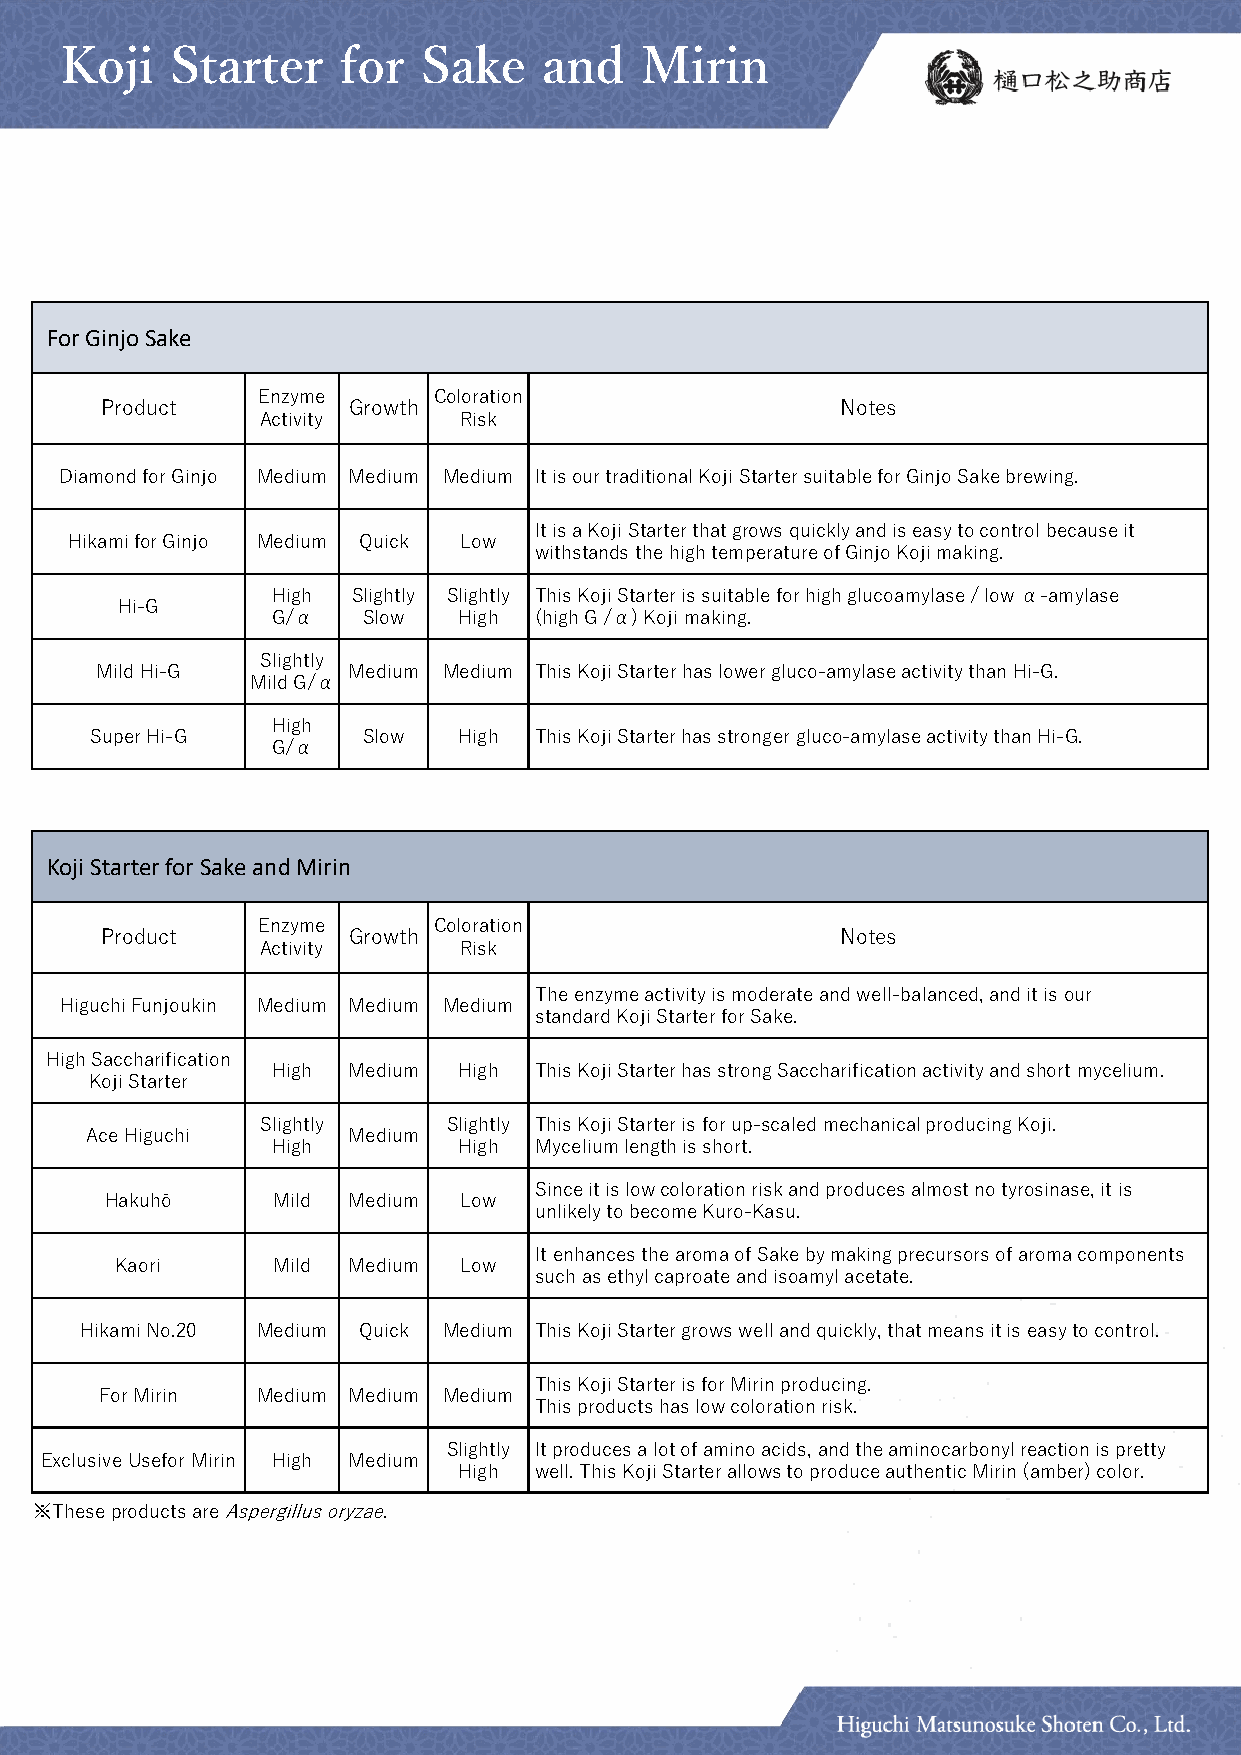
Koji   Starter    for   Sake    and   Mirin
 For Ginjo Sake
 Enzyme      Coloration
 Product         Growth                           Notes
 Activity     Risk
 Diamond for Ginjo Medium Medium Medium It is our traditional Koji Starter suitable for Ginjo Sake brewing.
 It is a Koji Starter that grows quickly and is easy to control because it
 Hikami for Ginjo Medium Quick Low
 withstands the high temperature of Ginjo Koji making.
 High Slightly Slightly This Koji Starter is suitable for high glucoamylase / low α-amylase
 Hi-G
 G/α   Slow  High (high G /α) Koji making.
 Slightly
 Mild Hi-G        Medium Medium This Koji Starter has lower gluco-amylase activity than Hi-G.
 Mild G/α
 High
 Super Hi-G        Slow  High This Koji Starter has stronger gluco-amylase activity than Hi-G.
 G/α
 Koji Starter for Sake and Mirin
 Enzyme      Coloration
 Product         Growth                           Notes
 Activity     Risk
 The enzyme activity is moderate and well-balanced, and it is our
 Higuchi Funjoukin Medium Medium Medium
 standard Koji Starter for Sake.
 High Saccharification
 High Medium High This Koji Starter has strong Saccharification activity and short mycelium.
 Koji Starter
 Slightly     Slightly This Koji Starter is for up-scaled mechanical producing Koji.
 Ace Higuchi      Medium
 High        High Mycelium length is short.
 Since it is low coloration risk and produces almost no tyrosinase, it is
 Hakuhō     Mild Medium Low
 unlikely to become Kuro-Kasu.
 It enhances the aroma of Sake by making precursors of aroma components
 Kaori     Mild Medium Low
 such as ethyl caproate and isoamyl acetate.
 HikamiNo.20 Medium Quick Medium This Koji Starter grows well and quickly, that means it is easy to control.
 This Koji Starter is for Mirin producing.
 For Mirin Medium Medium Medium
 This products has low coloration risk.
 Slightly It produces a lot of amino acids, and the aminocarbonyl reaction is pretty
 Exclusive UseforMirin High Medium
 High well. This Koji Starter allows to produce authentic Mirin (amber) color.
 ※Theseproducts are Aspergillus oryzae.